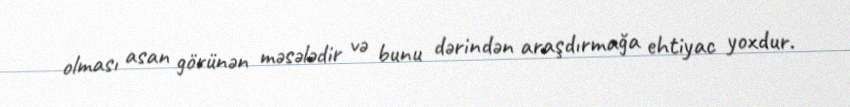
olması asan görünən məsələdir və bunu dərindən araşdırmağa ehtiyac yoxdur.